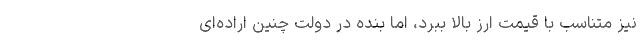
نیز متناسب با قیمت ارز بالا ببرد، اما بنده در دولت چنین اراده‌ای